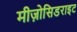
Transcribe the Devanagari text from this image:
मीज़ोसिडराइट